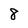
Character: 8